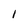
Character: I